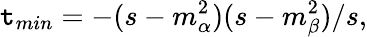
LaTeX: \mathtt{t}_{min}=-(s-m_{\alpha}^{2})(s-m_{\beta}^{2})/s,